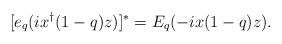
LaTeX: \begin{align*}[e_q(ix^\dagger(1-q)z)]^*=E_q(-ix(1-q)z).\end{align*}